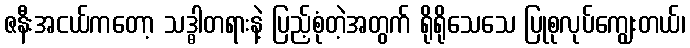
ဇနီးအငယ်ကတော့ သဒ္ဓါတရားနဲ့ ပြည့်စုံတဲ့အတွက် ရိုရိုသေသေ ပြုစုလုပ်ကျွေးတယ်၊